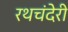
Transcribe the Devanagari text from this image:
रथचंदेरी